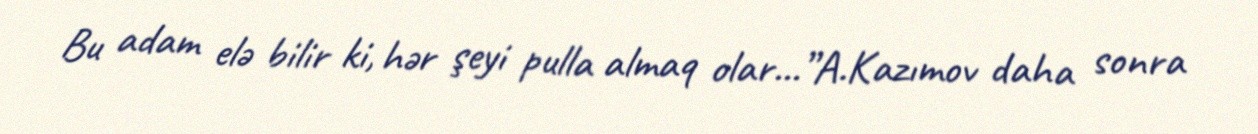
Bu adam elə bilir ki, hər şeyi pulla almaq olar...”A.Kazımov daha sonra